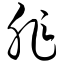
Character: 胙